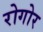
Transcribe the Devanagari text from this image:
रोगोर